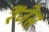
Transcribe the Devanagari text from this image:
रेंजेस